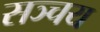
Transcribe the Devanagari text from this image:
सञ्चय